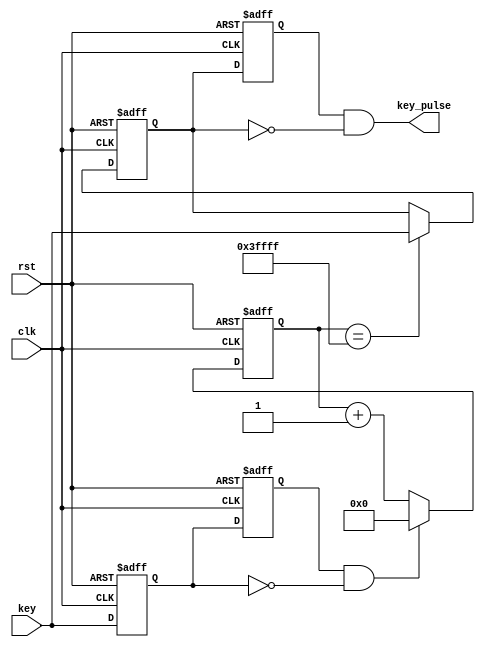
module debounce (clk,rst,key,key_pulse);
 
	input clk;//.
	input rst;//.
	input key;//.
	output key_pulse;//.
 
	reg key_1st_pre;//.
	reg key_1st_now;//.
 
	wire key_edge;//.
 
	always@(posedge clk or negedge rst)begin
		if(!rst)begin
			key_1st_pre <= 1'b1;//1.
			key_1st_now <= 1'b1;
		end
		else begin
			key_1st_now <= key;//key_1st_nowkey.
			key_1st_pre <= key_1st_now;//key_1st_prekey.
		end
	end
 
	assign key_edge = key_1st_pre & (~key_1st_now);//.key,key_edge(1/12us).
 
	reg [17:0] cnt;//.12MHz,1/12us,20ms,240 000,18.
 
	always@(posedge clk or negedge rst)begin
		if(!rst)
			cnt <= 18'h0;
		else if(key_edge)//key_edge.
			cnt <= 18'h0;
		else//.
			cnt <= cnt + 1'h1;
	end
 
	reg key_2nd_pre;//.
	reg key_2nd_now;
 
	always@(posedge clk or negedge rst)begin
		if(!rst)
			key_2nd_now <= 1'b1;
		else if(cnt==18'h3ffff)//20ms.
			key_2nd_now <= key;//key_2nd_now.
	end
 
	always@(posedge clk or negedge rst)begin
		if(!rst)
			key_2nd_pre <= 1'b1;
		else
			key_2nd_pre <= key_2nd_now;
	end
 
	assign key_pulse = key_2nd_pre & (~key_2nd_now);//..
 
endmodule